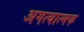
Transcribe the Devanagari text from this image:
अगत्यात्मक